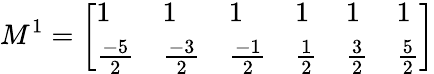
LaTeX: M^{1}=\left[\begin{array}{llllll}{1}&{1}&{1}&{1}&{1}&{1}\\ {\frac{-5}{2}}&{\frac{-3}{2}}&{\frac{-1}{2}}&{\frac{1}{2}}&{\frac{3}{2}}&{\frac{5}{2}}\end{array}\right]